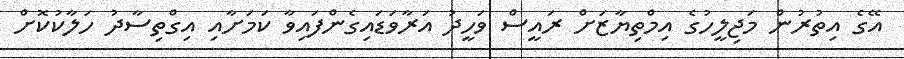
އޭގެ އިތުރުން މަޖިލީހުގެ އިމްތިޔާޒަށް ރައީސް ވަހީދު އަރާވަޑައިގެންފައިވާ ކަމަށާއި އިގްތިސާދު ހަލާކުކޮށް